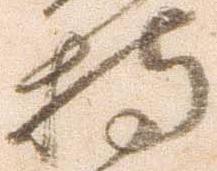
持